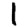
Digit: 1